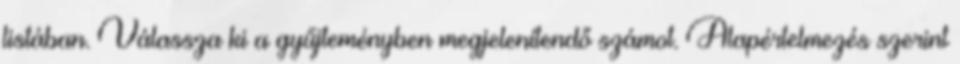
listában. Válassza ki a gyűjteményben megjelenítendő számot. Alapértelmezés szerint